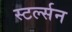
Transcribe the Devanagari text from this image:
स्टर्ल्सन